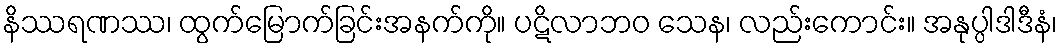
နိဿရဏဿ၊ ထွက်မြောက်ခြင်းအနက်ကို။ ပဋိလာဘဝ သေန၊ လည်းကောင်း။ အနုပ္ပါဒါဒီနံ၊